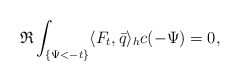
\begin{align*}\mathfrak{R} \int_{\{\Psi<-t\}}\langle F_t,\bar{q}\rangle_hc(-\Psi)=0,\end{align*}